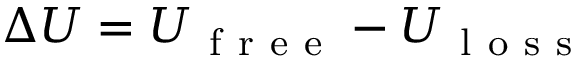
\Delta U = U _ { \mathrm { ~ f ~ r ~ e ~ e ~ } } - U _ { \mathrm { ~ l ~ o ~ s ~ s ~ } }